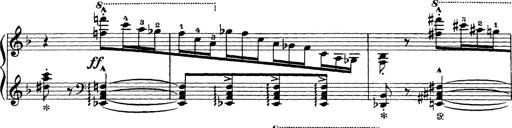
Title: Scherzo und Marsch
Composer: Franz Liszt